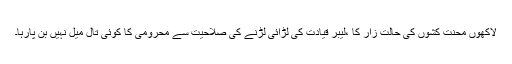
لاکھوں محنت کشوں کی حالت زار کا ،لیبر قیادت کی لڑائی لڑنے کی صلاحیت سے محرومی کا کوئی تال میل نہیں بن پارہا۔